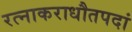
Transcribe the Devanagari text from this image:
रत्नाकराधौतपदां